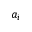
a _ { i }